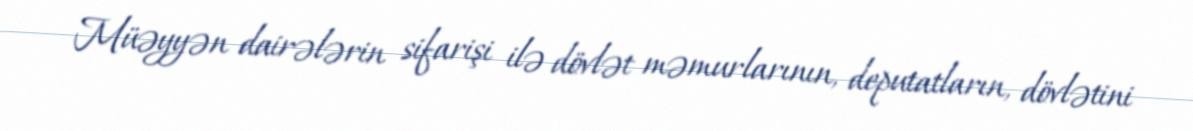
Müəyyən dairələrin sifarişi ilə dövlət məmurlarının, deputatların, dövlətini